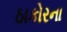
ઠાકોરના